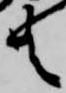
共